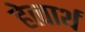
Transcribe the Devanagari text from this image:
हेत्वार्थ